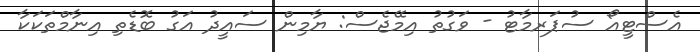
އެސްޓީއޯ ސުޕަރމާޓު - ވަގުތު އިމޭޖެސް: ޔާމިން ސައީދު އަގު ބޮޑެތި އިނާމްތަކަކާ